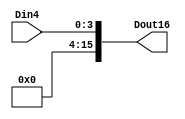
`timescale 1ns / 1ps
//////////////////////////////////////////////////////////////////////////////////
// Company: 
// Engineer: 
// 
// Design Name: 
// Module Name: SignExt_4to16
// Project Name: 
// Target Devices: 
// Tool Versions: 
// Description: 

// 
//////////////////////////////////////////////////////////////////////////////////


module SignExt_4to16(Dout16,Din4);
output [15:0]Dout16;
input [3:0]Din4;


// sign extension 
assign Dout16=Din4;

endmodule